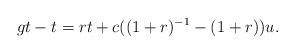
LaTeX: \begin{align*}gt-t=rt+c ((1+r)^{-1} - (1+r))u.\end{align*}